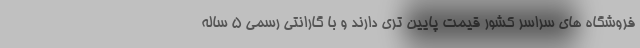
فروشگاه های سراسر کشور قیمت پایین تری دارند و با گارانتی رسمی ۵ ساله